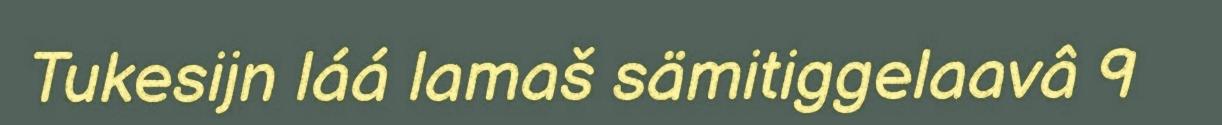
Tukesijn láá lamaš sämitiggelaavâ 9